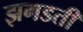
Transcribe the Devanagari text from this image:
झगडती